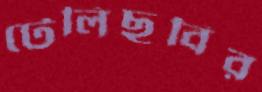
টেলিছবির